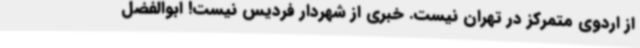
از اردوی متمرکز در تهران نیست. خبری از شهردار فردیس نیست! ابوالفضل